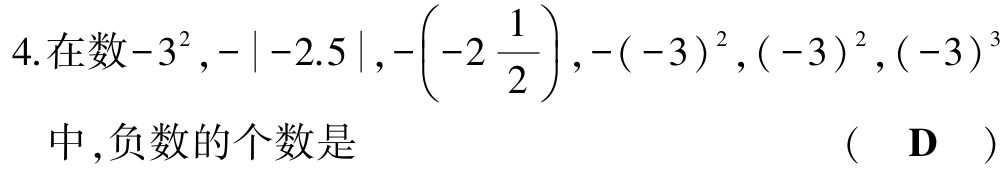
4.在数\(-3^{2},-|-2.5|,-\left(-2\frac{1}{2}\right),-(-3)^{2},(-3)^{2},(-3)^{3}\)中,负数的个数是 （ D ）